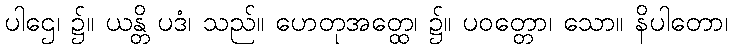
ပါဌေ၊ ၌။ ယန္တိ ပဒံ၊ သည်။ ဟေတုအတ္ထေ၊ ၌။ ပဝတ္တော၊ သော။ နိပါတော၊